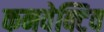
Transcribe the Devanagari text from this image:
कनवेक्टिव